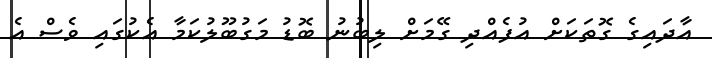
އާދައިގެ ގޮތަކަށް އުފެއްދި ގޭމަށް ލިބުނު ބޮޑު މަގުބޫލުކަމާ އެކުގައި ވެސް އެ